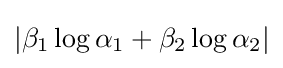
|\beta _{1}\log \alpha _{1}+\beta _{2}\log \alpha _{2}|